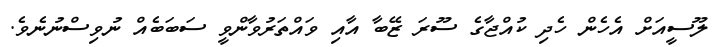
ލޫސީއަށް އެހެން ހެދި ކުއްޖާގެ ސޫރަ ޒޭބާ އާއި ވައްތަރުވާންވީ ސަބަބެއް ނުވިސްނުނެވެ.